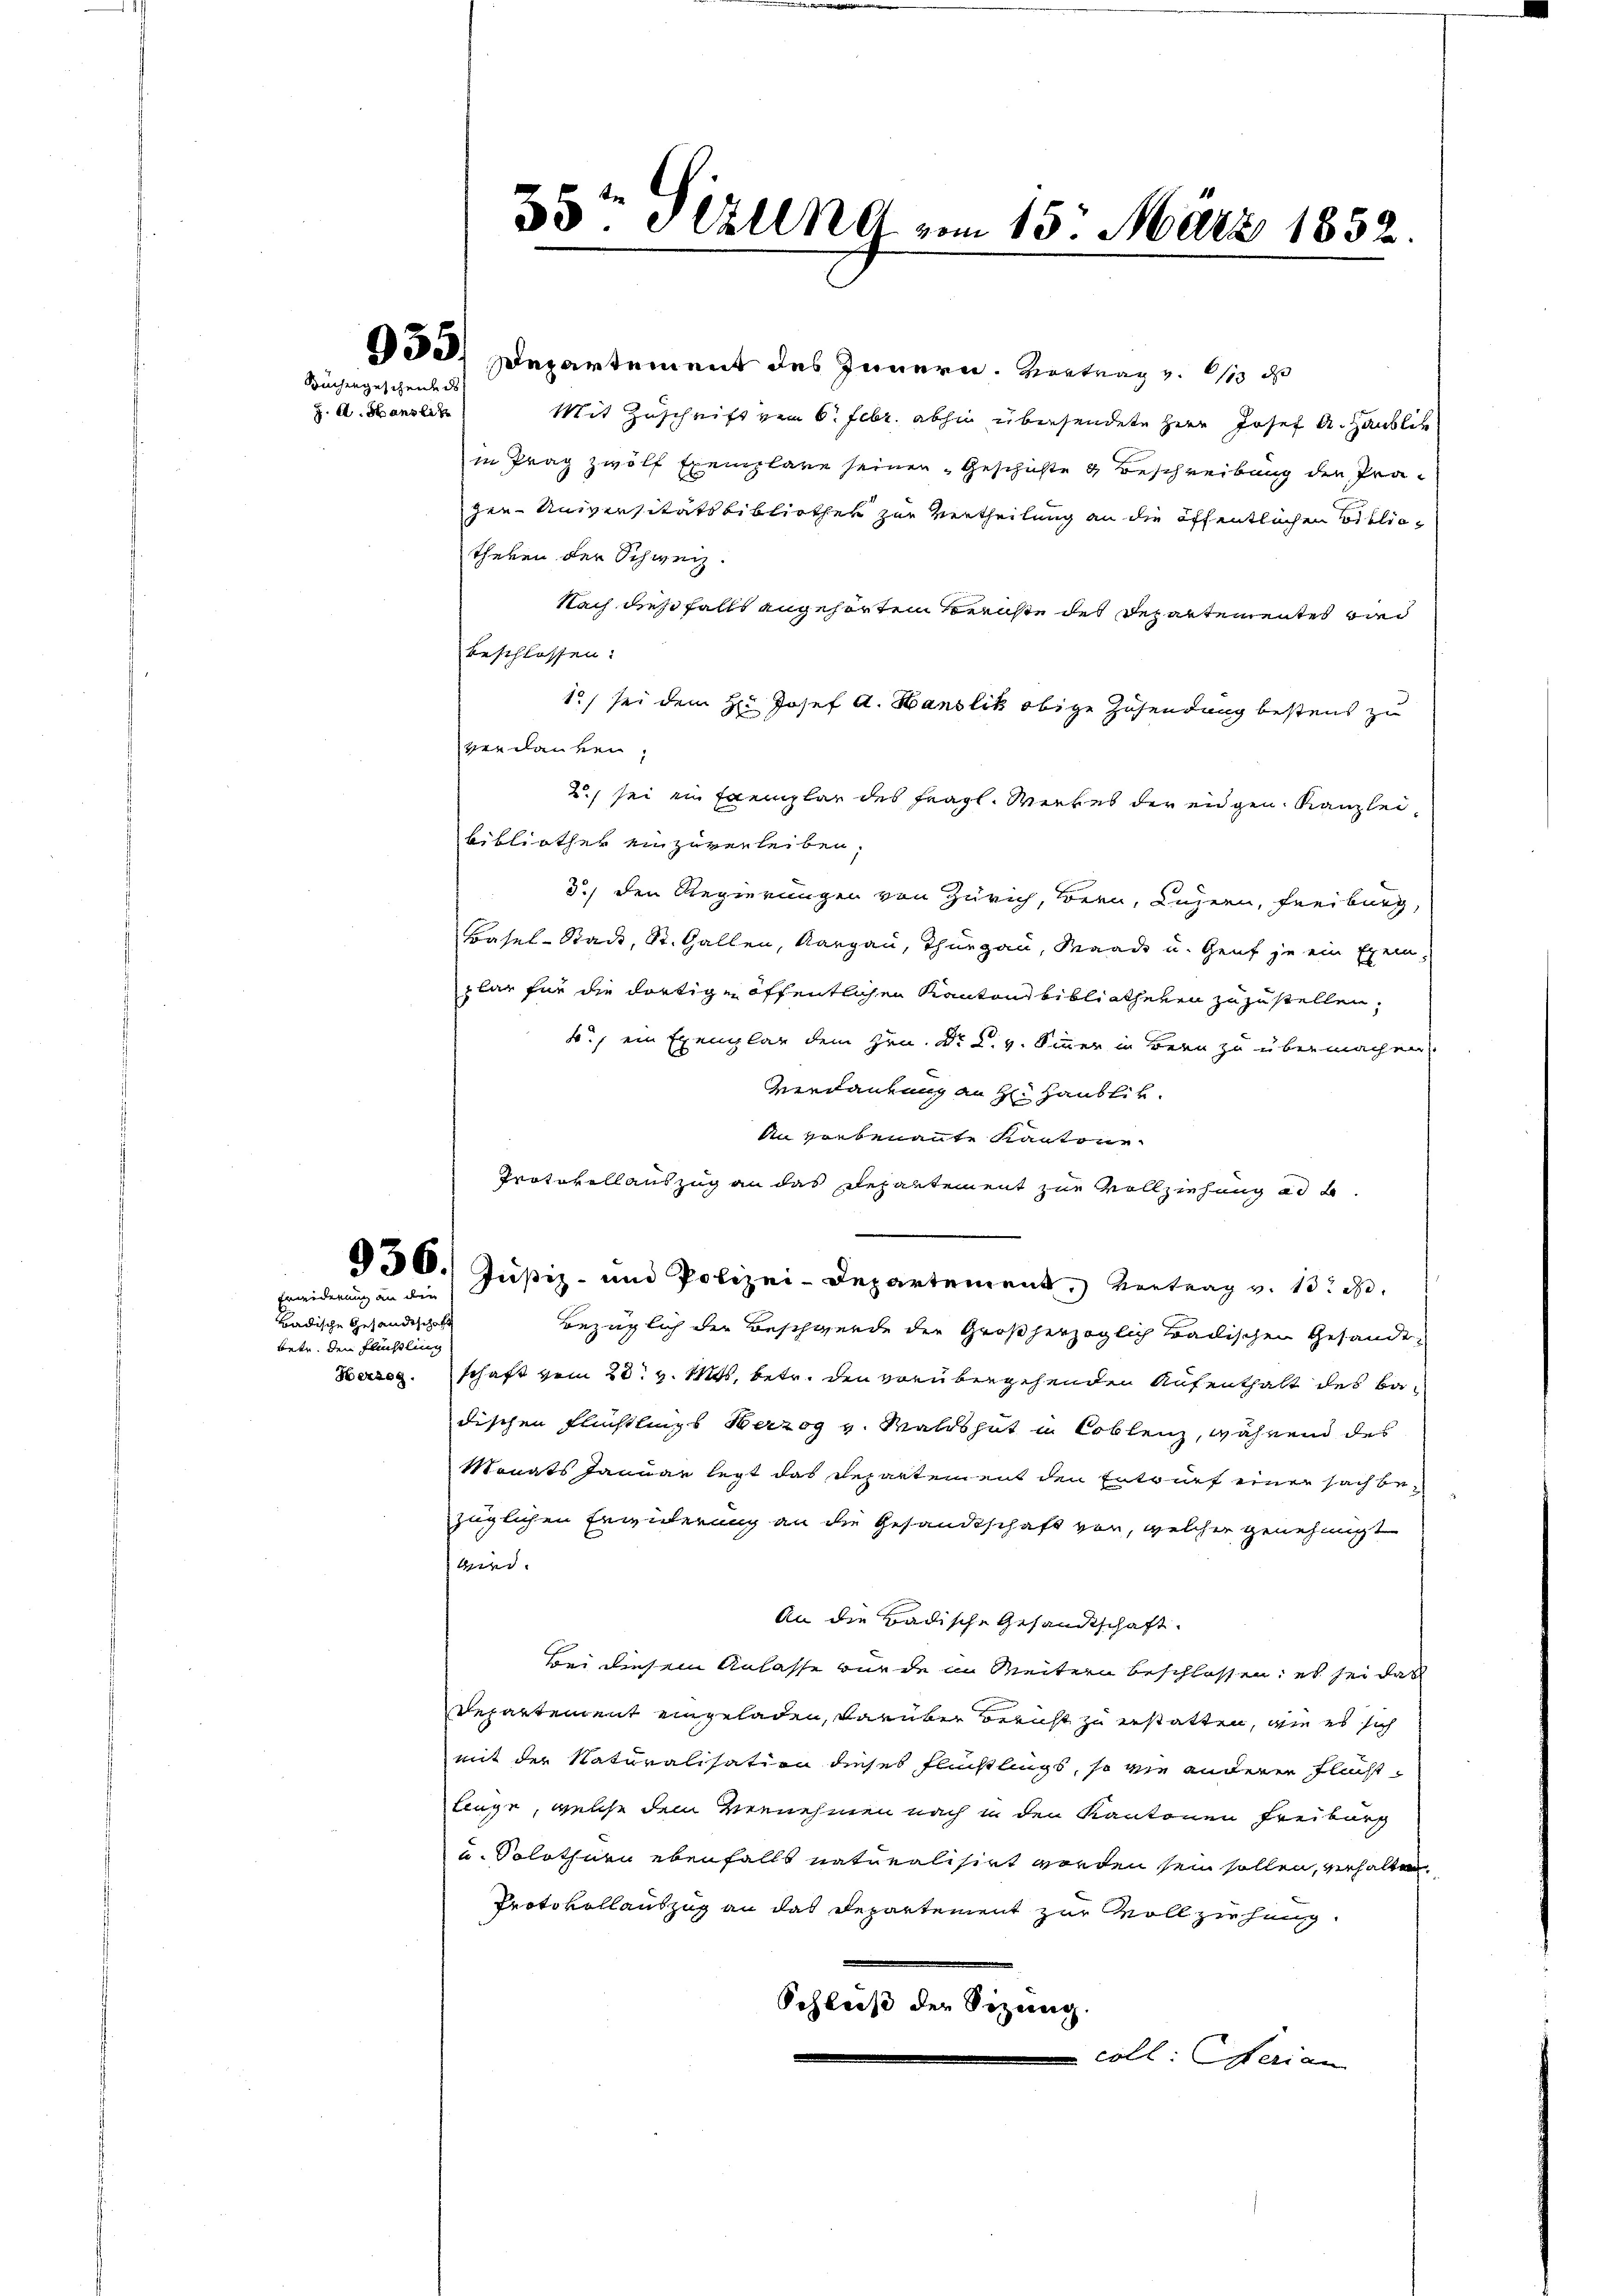
Küchengeschende de
J. A. Stanzler

Erwiderung an den

Badische Gesandtschaft
betr. den Flückling
Herzog.

930) Departement des Innern. Vortrag v. 1/10 d
Mit Zuschrift von 6. Febr. abhin übersendete Herr Josef A. Häublik
in trag zwölf Exemplare seinen „Geschichte & Beschreibung der Prä-
zin Universitätsbibliother zur Vertheilung an die öffentlichen Bibliotheren der Schweiz.
Nach dießfalls angehörten Berichte des Departementes und
beschlossen:
15) sei dem H: Josef A. Hanslik obige Zusendung bestens zu
verdanken,
2. sei ein Exemplar des fragl. Werkes der eidgen. Kanzlei
bibliothek einzuverleiben,
3) den Regierungen von Zürich, Bern, Luzern, Freiburg,
Basel-Stack, St. Gallen, Aargau, Thurgau, Waadt u. Genf je ein Exem-
plar für die dortige öffentlichen Kanton Bibliotheken zuzustellen,
4.) ein Exemplar dem Hrn. Dr. L. v. Sinner in Bern zu übermachen,
Verdankung an Hr. Haublik
An verbenannte Kantone
Protokollauszug an das Repartement zur Vollziehung ad 2.
830. Justiz- und Polizei-Departement, Vertrag v. 13. d.
bezüglich der Beschwende der Großherzoglich tradischen Gesande
schaft vom 28. v. Mts. betr. den vorübergehenden Aufenthalt des Badischen Flüchtlings Herzog v. Waldshut in Coblenz, während des
Monats Januar legt das Repartement den Entwurf einer sach bezüglichen Erwiderung an die Gesandtschaft vor, welcher genehmigt
skind.
An die Badische Gesandtschaft.
Bei diesem Anlasse wurde in Weitern beschlossen; es sei das
Departement eingeladen, darüber bericht zu erstatten, wie es sich
mit der Naturalisation dieses Flüchtlings, so wie anderer Fluchtlinge, welche dem vernehmen nach in den Kantonen Freiburg
u. Solothurn ebenfalls naturalisirt worden sein sollen, verhalten
Protokollauszug an das Departement zur Vollziehung
Schluß der Sitzung.
coll. Ferian

33. Alle vom 15. März 1852.